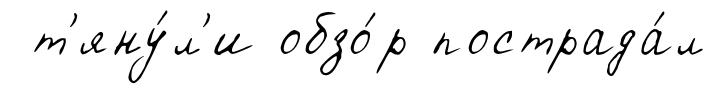
т'яну́л'и обзо́р пострада́л